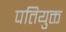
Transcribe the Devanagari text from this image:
पतियुक्त